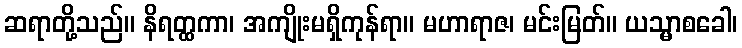
ဆရာတို့သည်။ နိရတ္ထကာ၊ အကျိုးမရှိကုန်ရာ။ မဟာရာဇ၊ မင်းမြတ်။ ယသ္မာစခေါ၊